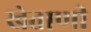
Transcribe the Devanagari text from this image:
खेताणी